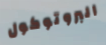
البروتوكول